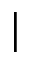
\mid